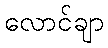
လောင်ချာ